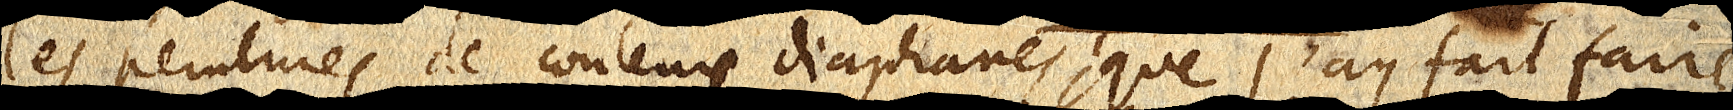
Les peintures de couleurs diaphanes, que j’ay fait faire